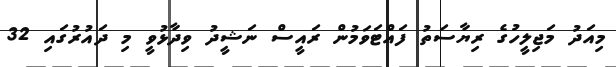
މިއަދު މަޖިލީހުގެ ރިޔާސަތު ފައްޓަވަމުން ރައީސް ނަޝީދު ވިދާޅުވީ މި ދައުރުގައި 32